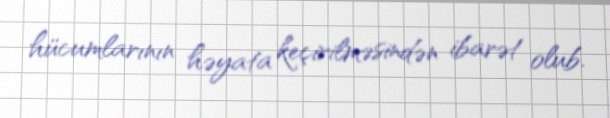
hücumlarının həyata keçirilməsindən ibarət olub.